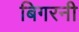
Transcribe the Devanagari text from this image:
बिगरनी